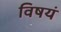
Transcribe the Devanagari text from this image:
विषयं